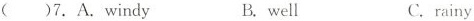
( )7.A.windy B.well C.rainy